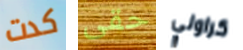
كدت حقى كراولي